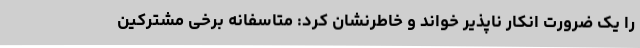
را یک ضرورت انکار ناپذیر خواند و خاطرنشان کرد: متاسفانه برخی مشترکین